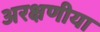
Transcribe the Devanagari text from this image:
अरक्षणीया